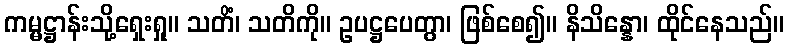
ကမ္မဋ္ဌာန်းသို့ရှေးရှု။ သတိံ၊ သတိကို။ ဥပဋ္ဌပေတွာ၊ ဖြစ်စေ၍။ နိသိန္နော၊ ထိုင်နေသည်။